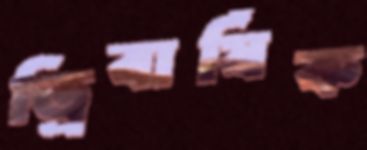
ত্রিবার্ষিক